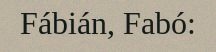
Fábián, Fabó: